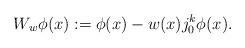
LaTeX: \begin{align*}W_w\phi(x) := \phi(x) - w(x) j^k_0\phi (x).\end{align*}